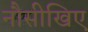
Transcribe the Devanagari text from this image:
नौसीखिए